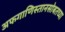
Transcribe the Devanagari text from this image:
अफगाणिस्तानसोबतच्या